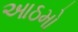
આઠમો